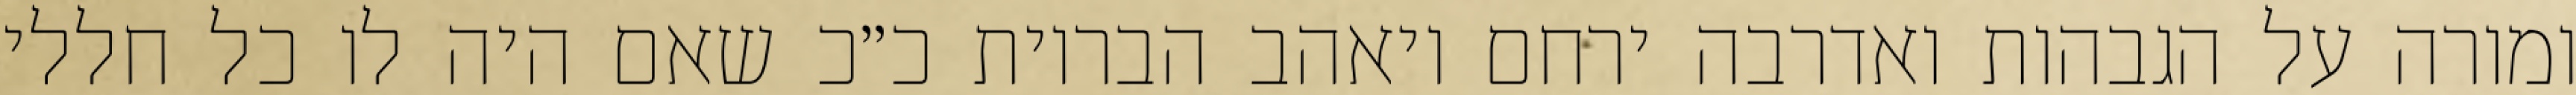
ומורה על הגבהות ואדרבה ירחם ויאהב הבריות כ״כ שאם היה לו כל חללי